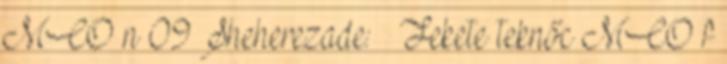
MCO n 09 Sheherezade: ♀ Fekete teknőc MCO f